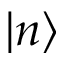
| n \rangle